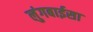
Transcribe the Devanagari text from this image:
लुंगबाईसा